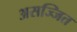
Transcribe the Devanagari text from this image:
असज्जित